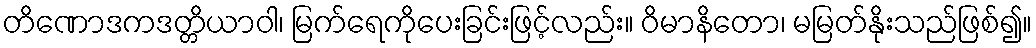
တိဏောဒကဒတ္တိယာဝါ၊ မြက်ရေကိုပေးခြင်းဖြင့်လည်း။ ဝိမာနိတော၊ မမြတ်နိုးသည်ဖြစ်၍။